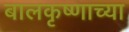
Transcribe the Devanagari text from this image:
बालकृष्णाच्या